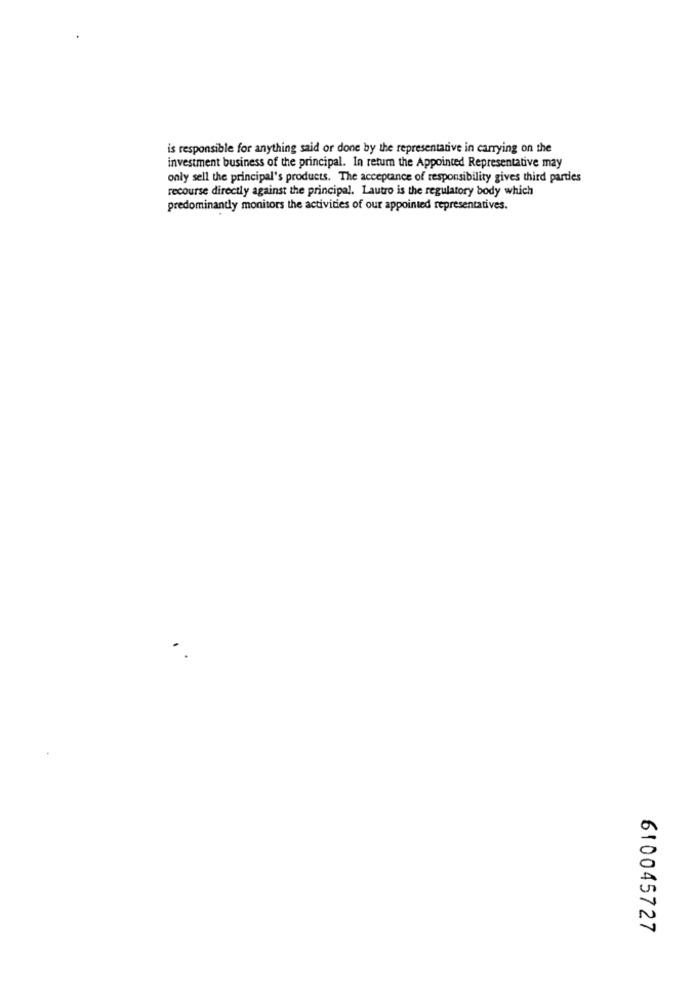
is responsible for anything said or done by the representative in carrying on the
investment business of the principal. In return the Appointed Representative may
only sell the principal's products. The acceptance of responsibility gives third parties
recourse directly against the principal. Lautro is the regulatory body which
predominandy monitors the activities of our appointed representatives.
610045727